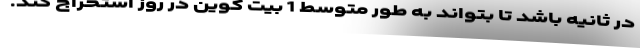
در ثانیه باشد تا بتواند به طور متوسط 1 بیت کوین در روز استخراج کند.